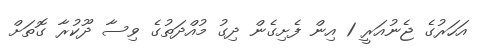
އަހަރުގެ ޖެނުއަރީ 1 އިން ފެށިގެން ދިގު މުއްދަތުގެ ވިސާ ދޫކުރާ ގޮތަށް